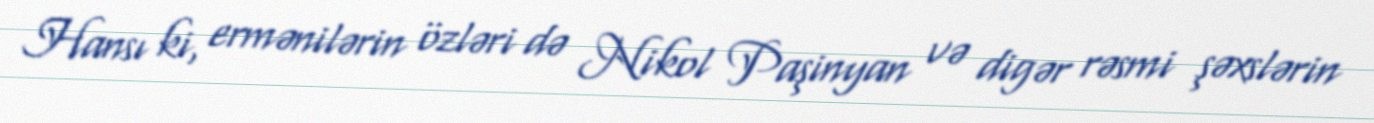
Hansı ki, ermənilərin özləri də Nikol Paşinyan və digər rəsmi şəxslərin